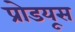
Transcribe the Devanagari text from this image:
प्रोडयूस